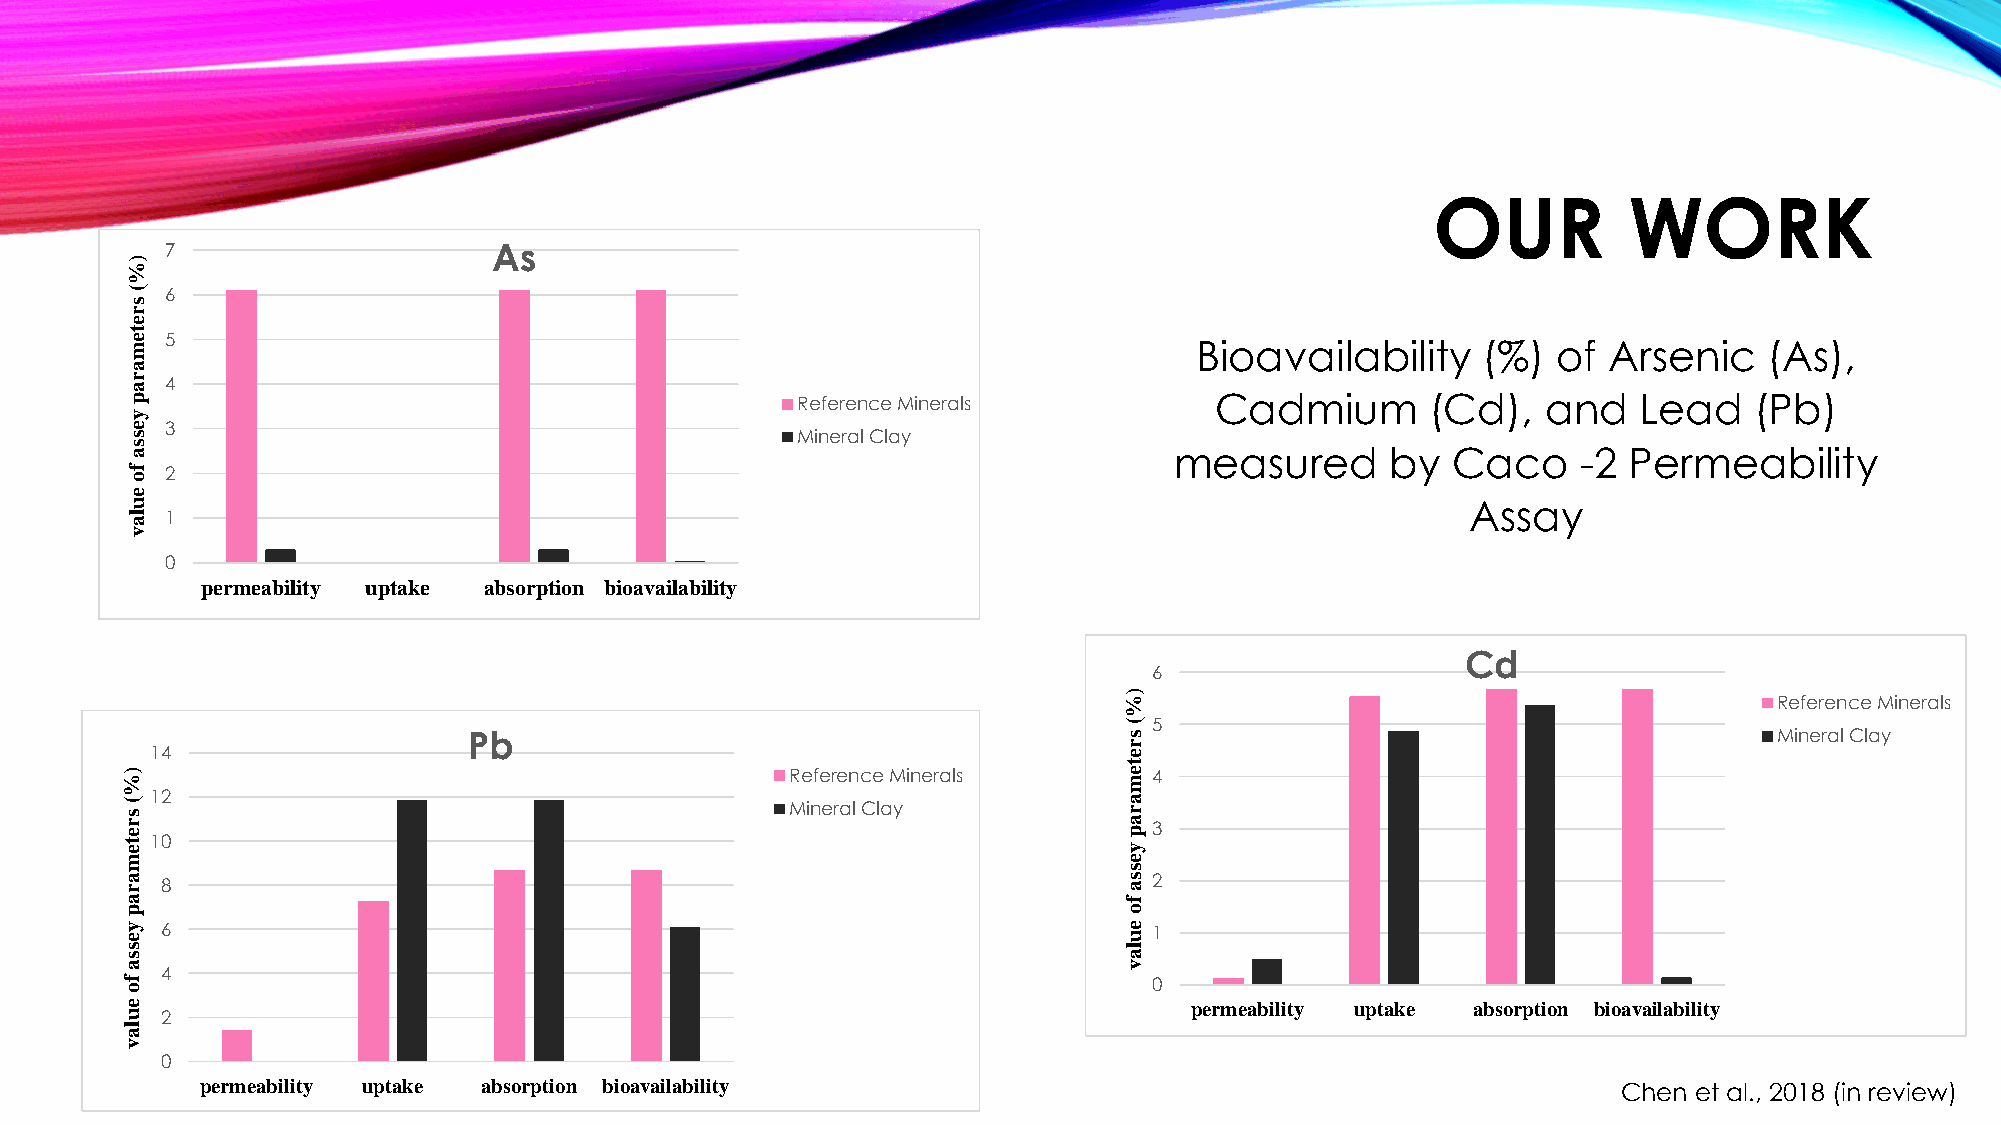
OUR          WORK
 7                     As
 )
 %
 (
 s
 6
 r
 e
 t e m 5                                                                Bioavailability    (%)  of Arsenic    (As),
 a
 r a 4
 p                                            Reference Minerals         Cadmium        (Cd),  and   Lead    (Pb)
 y
 e  3
 s                                            Mineral Clay
 s
 a                                                                     measured      by  Caco     -2 Permeability
 f o 2
 e
 u                                                                                        Assay
 la 1
 v
 0
 permeability uptake absorption bioavailability
 Cd
 6
 )
 %                                           Reference Minerals
 (5
 Pb                                         s                                           Mineral Clay
 r
 14                                                              e
 ) %                                         Reference Minerals
 t
 e m4
 ( s r e
 t
 e11 02                                      Mineral Clay          a r a p y3
 m                                                                 e
 s
 a r 8                                                             s a2
 a                                                                 f
 p                                                                 o
 y
 e
 6                                                              e u1
 s
 s
 la
 a
 f o
 4                                                              v
 0
 e                                                                      permeability uptake absorption bioavailability
 u  2
 la
 v
 0
 permeability uptake absorption bioavailability                                                Chen et al., 2018 (in review)